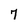
Character: 7